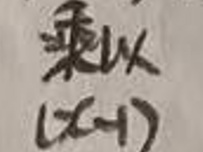
乘以\((x - 1)\)